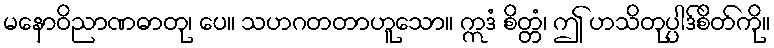
မနောဝိညာဏဓာတု၊ ပေ။ သဟဂတတာဟူသော။ ဣဒံ စိတ္တံ၊ ဤ ဟသိတုပ္ပါဒ်စိတ်ကို။